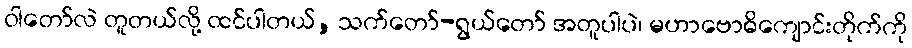
ဝါတော်လဲ တူတယ်လို့ ထင်ပါတယ်, သက်တော်-ရွယ်တော် အတူပါပဲ၊ မဟာဗောဓိကျောင်းတိုက်ကို